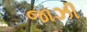
જાઝી